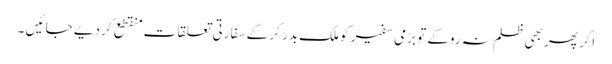
اگر پھر بھی ظلم نہ روکے تو برمی سفیر کو ملک بدر کر کے سفا رتی تعلقا ت منقطع کر دیے جا ئیں ۔